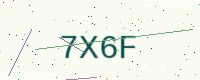
Text: 7X6F